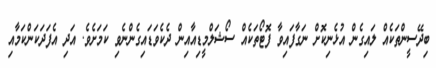
ބިދޭސީންތަކެއް ލައިގެން އުޅެނިކޮށް ނަގާފައިވާ ފޮޓޯތަކެއް ސޯޝަލްމީޑިއާއިން ދެކެވަޑައިގެންނެވި ކަމަށެވެ. އަދި އެފަދަކަންކަމާއި